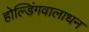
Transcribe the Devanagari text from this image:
होल्डिंगवालाधन